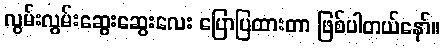
လွမ်းလွမ်းဆွေးဆွေးလေး ပြောပြထားတာ ဖြစ်ပါတယ်နော်။